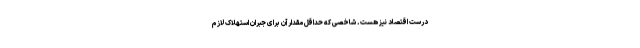
درست اقتصاد نیز هست. شاخصی که حداقل مقدار آن برای جبران استهلاک لازم